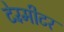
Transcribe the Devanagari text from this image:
टेरॅमीटर